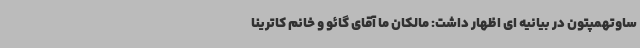
ساوتهمپتون در بیانیه ای اظهار داشت: مالکان ما آقای گائو و خانم کاترینا